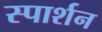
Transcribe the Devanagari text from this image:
स्पार्शन